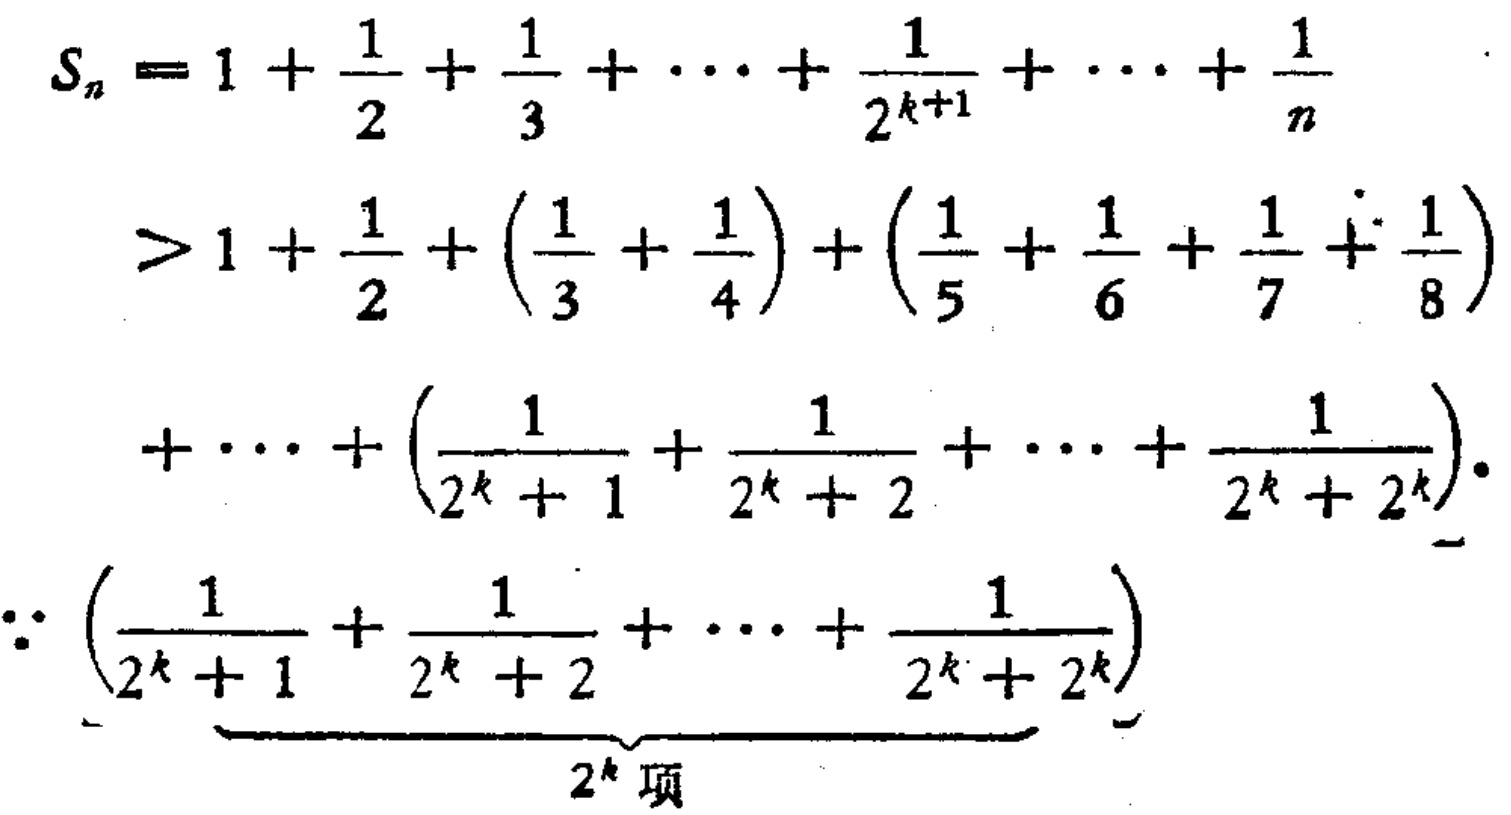
\[

\begin{align*}

S_n&=1+\frac{1}{2}+\frac{1}{3}+\cdots+\frac{1}{2^{k + 1}}+\cdots+\frac{1}{n}\\

&>1+\frac{1}{2}+\left(\frac{1}{3}+\frac{1}{4}\right)+\left(\frac{1}{5}+\frac{1}{6}+\frac{1}{7}+\frac{1}{8}\right)\\

&+\cdots+\left(\frac{1}{2^{k}+1}+\frac{1}{2^{k}+2}+\cdots+\frac{1}{2^{k}+2^{k}}\right).\\

\because&\underbrace{\left(\frac{1}{2^{k}+1}+\frac{1}{2^{k}+2}+\cdots+\frac{1}{2^{k}+2^{k}}\right)}_{2^{k}\text{ 项}}

\end{align*}

\]